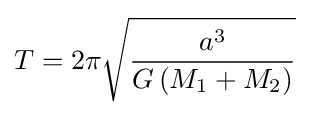
T=2\pi {\sqrt {\frac {a^{3}}{G\left(M_{1}+M_{2}\right)}}}